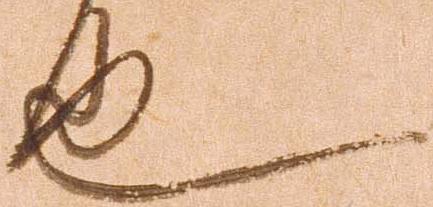
也